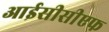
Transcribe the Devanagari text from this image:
आईसीसीएफ